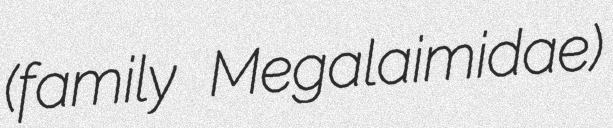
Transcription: (family Megalaimidae)